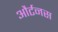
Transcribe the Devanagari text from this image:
और्टनस